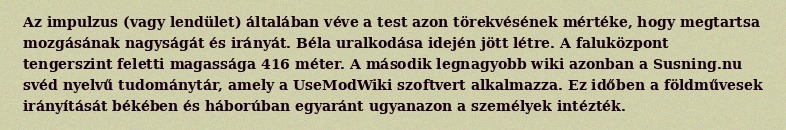
Az impulzus (vagy lendület) általában véve a test azon törekvésének mértéke, hogy megtartsa mozgásának nagyságát és irányát. Béla uralkodása idején jött létre. A faluközpont tengerszint feletti magassága 416 méter. A második legnagyobb wiki azonban a Susning.nu svéd nyelvű tudománytár, amely a UseModWiki szoftvert alkalmazza. Ez időben a földművesek irányítását békében és háborúban egyaránt ugyanazon a személyek intézték.